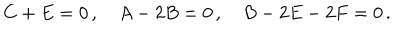
C + E = 0 \, , \quad A - 2 B = 0 \, , \quad B - 2 E - 2 F = 0 \, .